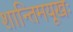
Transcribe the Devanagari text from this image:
शान्तिमयूखः